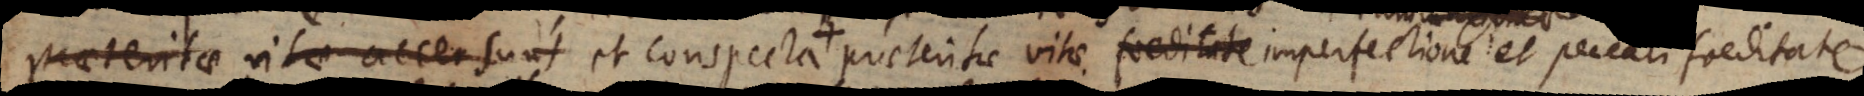
praeteritae vitae accersunt et conspecta tum maximo praeteritae vitae foeditate imperfectione... foeditate